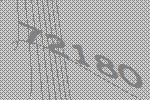
72180